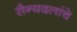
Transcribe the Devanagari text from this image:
सैन्यदलांचे